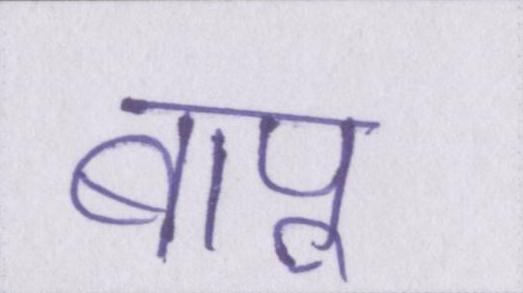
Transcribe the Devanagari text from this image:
बापू